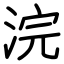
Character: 浣